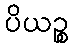
ပိယဉ္စ